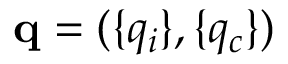
{ \bf q } = ( \{ q _ { i } \} , \{ q _ { c } \} )